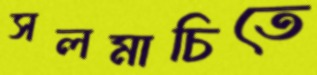
সলমাচিতে